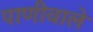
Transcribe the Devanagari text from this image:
पाणीवाले